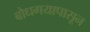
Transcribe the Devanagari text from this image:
बोधगयापासून